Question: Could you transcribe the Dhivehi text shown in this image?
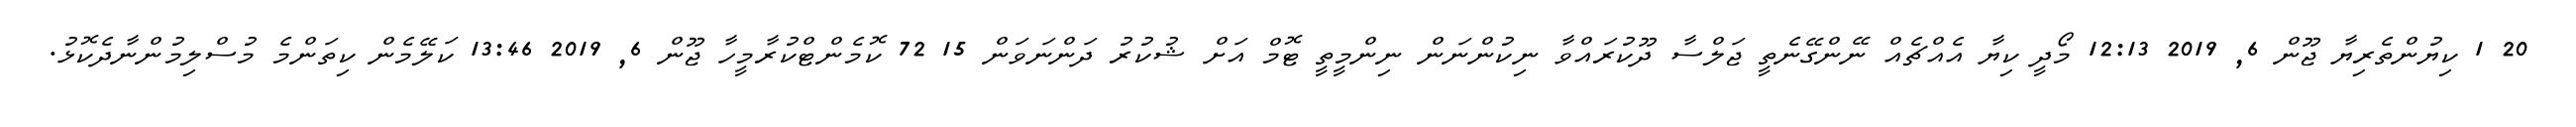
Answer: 20 1 ކިޔުންތެރިޔާ ޖޫން 6, 2019 12:13 މޯދީ ކިޔާ އެއްޗެއް ނޭންގޭނެތީ ޖަލްސާ ދޫކުރައްވާ ނިކުންނަން ނިންމީތީ ޓޮމް އަށް ޝުކުރު ދަންނަވަން 15 72 ކޮމެންޓްކުރާމީހާ ޖޫން 6, 2019 13:46 ކަލޭމެން ކިތަންމެ މުސްލިމުންނާދެކޮޅު.